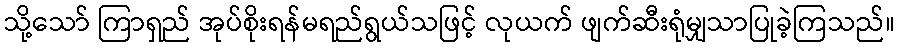
သို့သော် ကြာရှည် အုပ်စိုးရန်မရည်ရွယ်သဖြင့် လုယက် ဖျက်ဆီးရုံမျှသာပြုခဲ့ကြသည်။